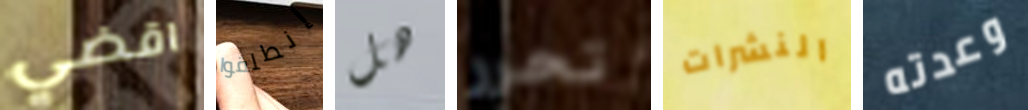
اقضي إنطلقوا هل تحرر النشرات وعدته